Lunatic asylums in Bengal annual reports 1888-1898 - 1888-1898
Year: 1888
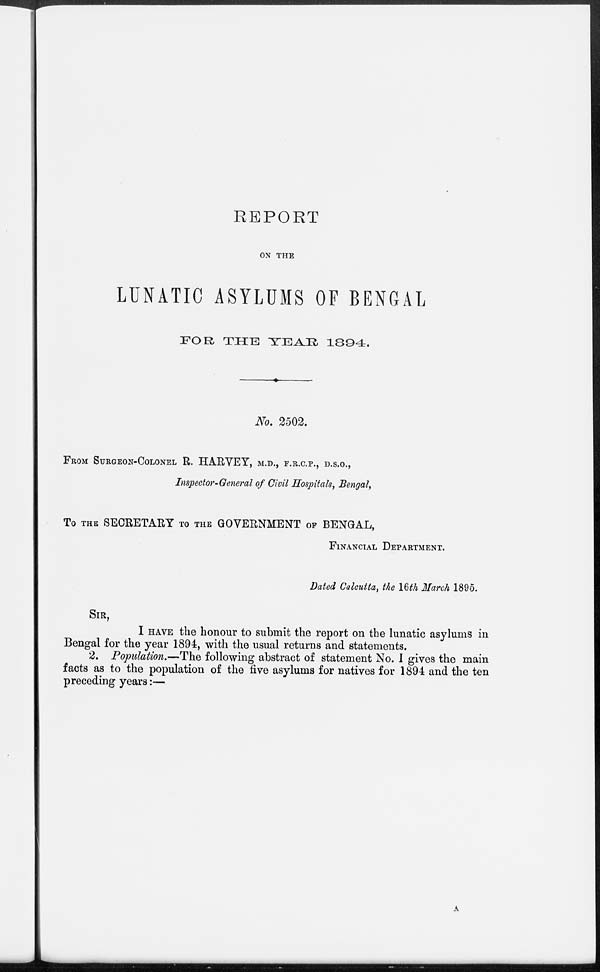
REPORT
ON THE
LUNATIC ASYLUMS OF BENGAL
FOR THE YEAR 1894.
No. 2502.
FROM SURGEON—COLONEL R. HARVEY, M.D., F.R.C.P., D.S.O.,
Inspector-General of Civil Hospitals, Bengal,
To THE SECRETARY TO THE GOVERNMENT OF BENGAL,
FINANCIAL DEPARTMENT.
Dated Calcutta, the 16th March 1895.
SIR,
I HAVE the honour to submit the report on the lunatic asylums in
Bengal for the year 1894, with the usual returns and statements.
2. Population.—The following abstract of statement No. I gives the main
facts as to the population of the five asylums for natives for 1894 and the ten
preceding years: